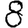
Digit: 8